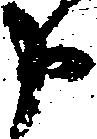
申